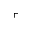
\ulcorner